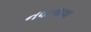
નવાજવા